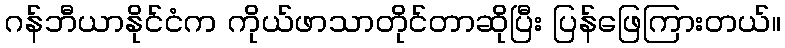
ဂန်ဘီယာနိုင်ငံက ကိုယ်ဖာသာတိုင်တာဆိုပြီး ပြန်ဖြေကြားတယ်။